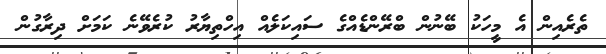
ތެރެއިން އެ މީހަކު ބޭނުން ބްރޭންޑެއްގެ ސައިކަލެއް އިހްތިޔާރު ކުރެވޭނެ ކަމަށް ދިރާގުން